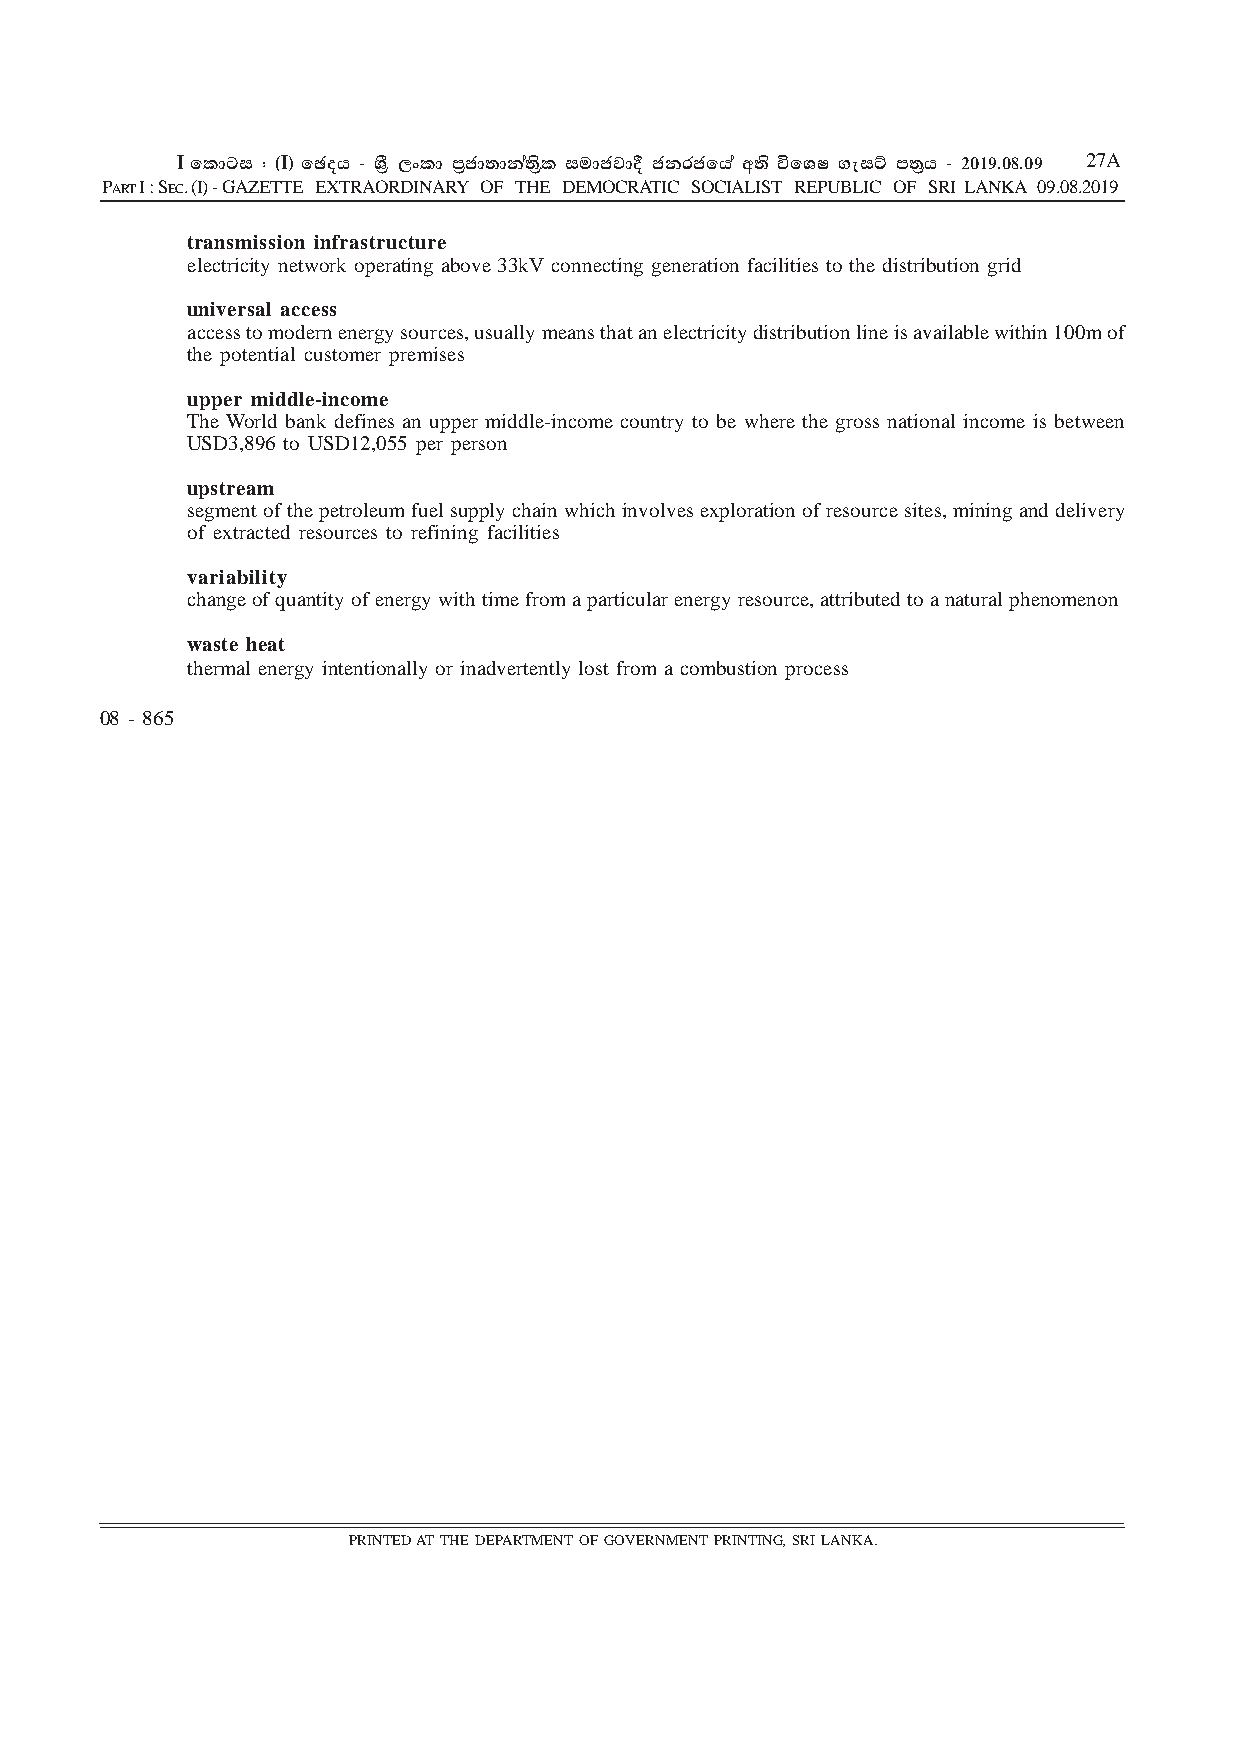
I fldgi ( ^I& fPoh - YS% ,xld m%cd;dka;s%l iudcjd§ ckrcfha w;s úfYI .eiÜ m;%h - 2019'08'09 27A
 PART I : SEC. (I) - GAZETTE EXTRAORDINARY OF THE DEMOCRATIC SOCIALIST REPUBLIC OF SRI LANKA 09.08.2019
 transmission infrastructure
 electricity network operating above 33kV connecting generation facilities to the distribution grid
 universal access
 access to modern energy sources, usually means that an electricity distribution line is available within 100m of
 the potential customer premises
 upper middle-income
 The World bank defines an upper middle-income country to be where the gross national income is between
 USD3,896 to USD12,055 per person
 upstream
 segment of the petroleum fuel supply chain which involves exploration of resource sites, mining and delivery
 of extracted resources to refining facilities
 variability
 change of quantity of energy with time from a particular energy resource, attributed to a natural phenomenon
 waste heat
 thermal energy intentionally or inadvertently lost from a combustion process
 08 - 865
 PRINTED AT THE DEPARTMENT OF GOVERNMENT PRINTING, SRI LANKA.